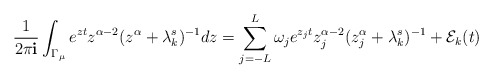
\begin{align*}\frac{1}{2\pi\mathbf{i}}\int_{\Gamma_{\mu}}e^{zt}z^{\alpha-2}(z^{\alpha}+\lambda_{k}^{s})^{-1}dz=\sum_{j=-L}^{L}\omega_{j}e^{z_{j}t}z_{j}^{\alpha-2}(z_{j}^{\alpha}+\lambda_{k}^{s})^{-1}+\mathcal{E}_{k}(t)\end{align*}